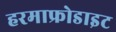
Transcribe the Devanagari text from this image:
हरमाफ्रोडाइट